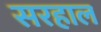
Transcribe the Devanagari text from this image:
सरहाल